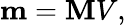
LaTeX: \mathbf{m}=\mathbf{M}V,